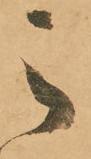
之